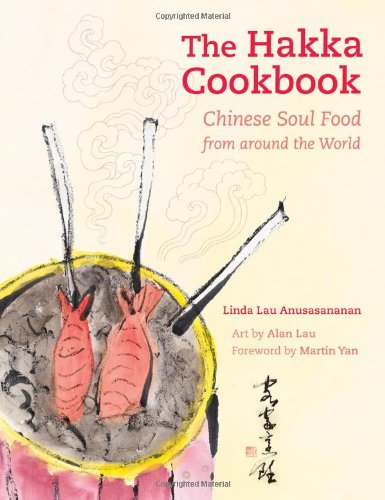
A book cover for The Hakka Cookbook: Chinese Soul Food from around the World; Linda Lau Anusasananan; Cookbooks, Food & Wine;